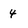
Character: 4